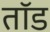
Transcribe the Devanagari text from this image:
तॉड